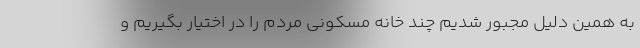
به همین دلیل مجبور شدیم چند خانه مسکونی مردم را در اختیار بگیریم و